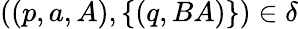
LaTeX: ((p,a,A),\{ (q,BA)\} )\in\delta